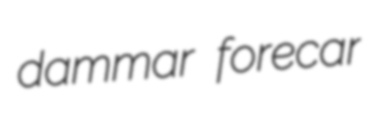
dammar forecar